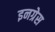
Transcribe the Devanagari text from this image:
इनग्रेस